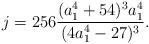
LaTeX: \begin{align*} j=256\frac{(a_1^4 + 54)^3a_1^4}{(4a_1^4 - 27)^3}. \end{align*}